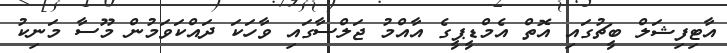
އާޓިފިޝަލް ބީޗުގައި އޮތް އެމްޑީޕީގެ އާއްމު ޖަލްސާގައި ވާހަކަ ދައްކަވަމުން މޫސާ މަނިކު